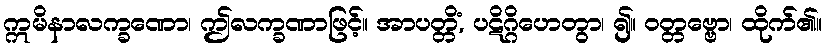
ဣမိနာလက္ခဏော၊ ဤလက္ခဏာဖြင့်။ အာပတ္တိံ, ပဋိဂ္ဂိဟေတွာ၊ ၍။ ဝတ္တဗ္ဗော၊ ထိုက်၏။